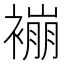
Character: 䙖